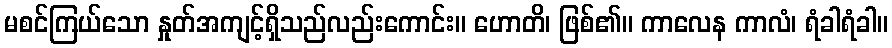
မစင်ကြယ်သော နှုတ်အကျင့်ရှိသည်လည်းကောင်း။ ဟောတိ၊ ဖြစ်၏။ ကာလေန ကာလံ၊ ရံခါရံခါ။